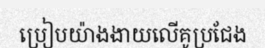
ប្រៀបយ៉ាងងាយលើគូប្រជែង